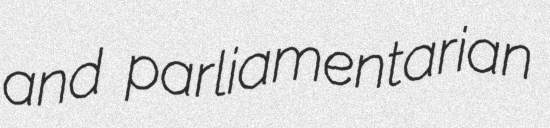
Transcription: and parliamentarian